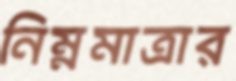
নিম্নমাত্রার